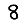
Digit: 8